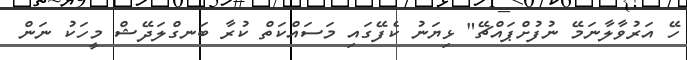
ހޭ އަރުވާލާނަމޭ ނުފުށްޕައްޗޭ" ޅިޔަނު ކެފޭގައި މަސައްކަތް ކުރާ ބަނގްލަދޭޝް މީހަކު ނަން